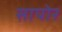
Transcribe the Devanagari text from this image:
सापोर